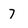
Character: 7